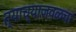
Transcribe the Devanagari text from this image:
त्याच्याजवळचा